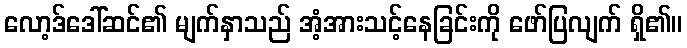
လော့ဒ်ဒေါ်ဆင်၏ မျက်နှာသည် အံ့အားသင့်နေခြင်းကို ဖော်ပြလျက် ရှိ၏။